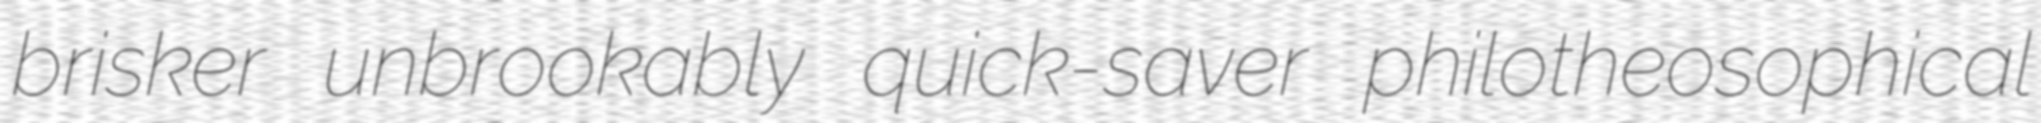
brisker unbrookably quick-saver philotheosophical